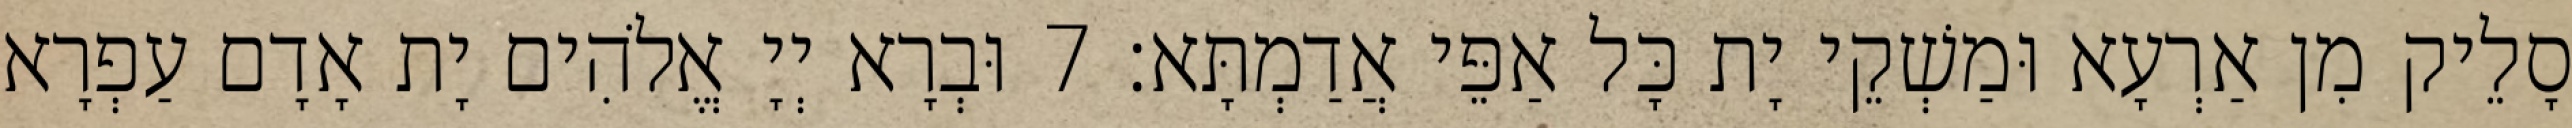
סָלֵיק מִן אַרְעָא וּמַשְׁקֵי יָת כָּל אַפֵּי אֲדַמְתָּא׃ 7 וּבְרָא יְיָ אֱלֹהִים יָת אָדָם עַפְרָא